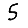
Digit: 5